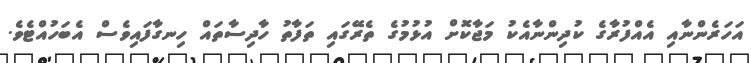
އަހަރެންނާއި އެއްފުރާގެ ކުދިންނާއެކު މަޖާކޮށް އުޅުމުގެ ތެރޭގައި ތަފާތު ހާދިސާތައް ހިނގާފައިވެސް އެބަހުއްޓެވެ.